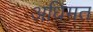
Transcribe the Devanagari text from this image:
अधिमत